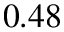
0 . 4 8